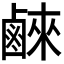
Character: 𮭮